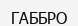
ГАББРО